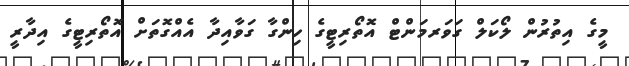
މީގެ އިތުރުން ލޯކަލް ގަވަރމަންޓް އޮތޯރިޓީގެ ހިންގާ ގަވާއިދާ އެއްގޮތަށް އޮތޯރިޓީގެ އިދާރީ